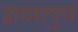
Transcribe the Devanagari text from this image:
द्वादशगुणं